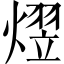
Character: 熤